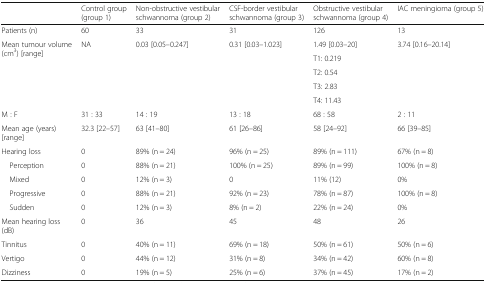
|  | Control group (group 1) | Non-obstructive vestibular schwannoma (group 2) | CSF-border vestibular schwannoma (group 3) | Obstructive vestibular schwannoma (group 4) | IAC meningioma (group 5) |
 | --- | --- | --- | --- | --- | --- |
 | Patients (n) | 60 | 33 | 31 | 126 | 13 |
 | <ROWSPAN=5> Mean tumour volume (cm3) [range] | <ROWSPAN=5> NA | <ROWSPAN=5> 0.03 [0.05–0.247] | <ROWSPAN=5> 0.31 [0.03–1.023] | 1.49 [0.03–20] | <ROWSPAN=5> 3.74 [0.16–20.14] |
 | T1: 0.219 |
 | T2: 0.54 |
 | T3: 2.83 |
 | T4: 11.43 |
 | M : F | 31 : 33 | 14 : 19 | 13 : 18 | 68 : 58 | 2 : 11 |
 | Mean age (years) [range] | 32.3 [22–57] | 63 [41–80] | 61 [26–86] | 58 [24–92] | 66 [39–85] |
 | Hearing loss | 0 | 89% (n = 24) | 96% (n = 25) | 89% (n = 111) | 67% (n = 8) |
 | Perception | 0 | 88% (n = 21) | 100% (n = 25) | 89% (n = 99) | 100% (n = 8) |
 | Mixed | 0 | 12% (n = 3) | 0 | 11% (12) | 0% |
 | Progressive | 0 | 88% (n = 21) | 92% (n = 23) | 78% (n = 87) | 100% (n = 8) |
 | Sudden | 0 | 12% (n = 3) | 8% (n = 2) | 22% (n = 24) | 0% |
 | Mean hearing loss (dB) | 0 | 36 | 45 | 48 | 26 |
 | Tinnitus | 0 | 40% (n = 11) | 69% (n = 18) | 50% (n = 61) | 50% (n = 6) |
 | Vertigo | 0 | 44% (n = 12) | 31% (n = 8) | 34% (n = 42) | 60% (n = 8) |
 | Dizziness | 0 | 19% (n = 5) | 25% (n = 6) | 37% (n = 45) | 17% (n = 2) |